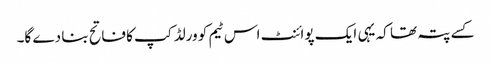
کسے پتہ تھا کہ یہی ایک پوائنٹ اس ٹیم کو ورلڈ کپ کا فاتح بنا دے گا۔